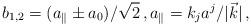
LaTeX: \begin{align*}b_{1,2}=(a_{\|} \pm a_0)/\sqrt{2} \, , a_{\|}=k_j a^j/|\vec{k}| \, ,\end{align*}